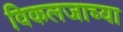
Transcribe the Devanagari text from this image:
विकलजाच्या